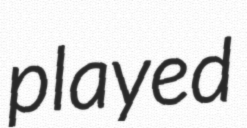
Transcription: played